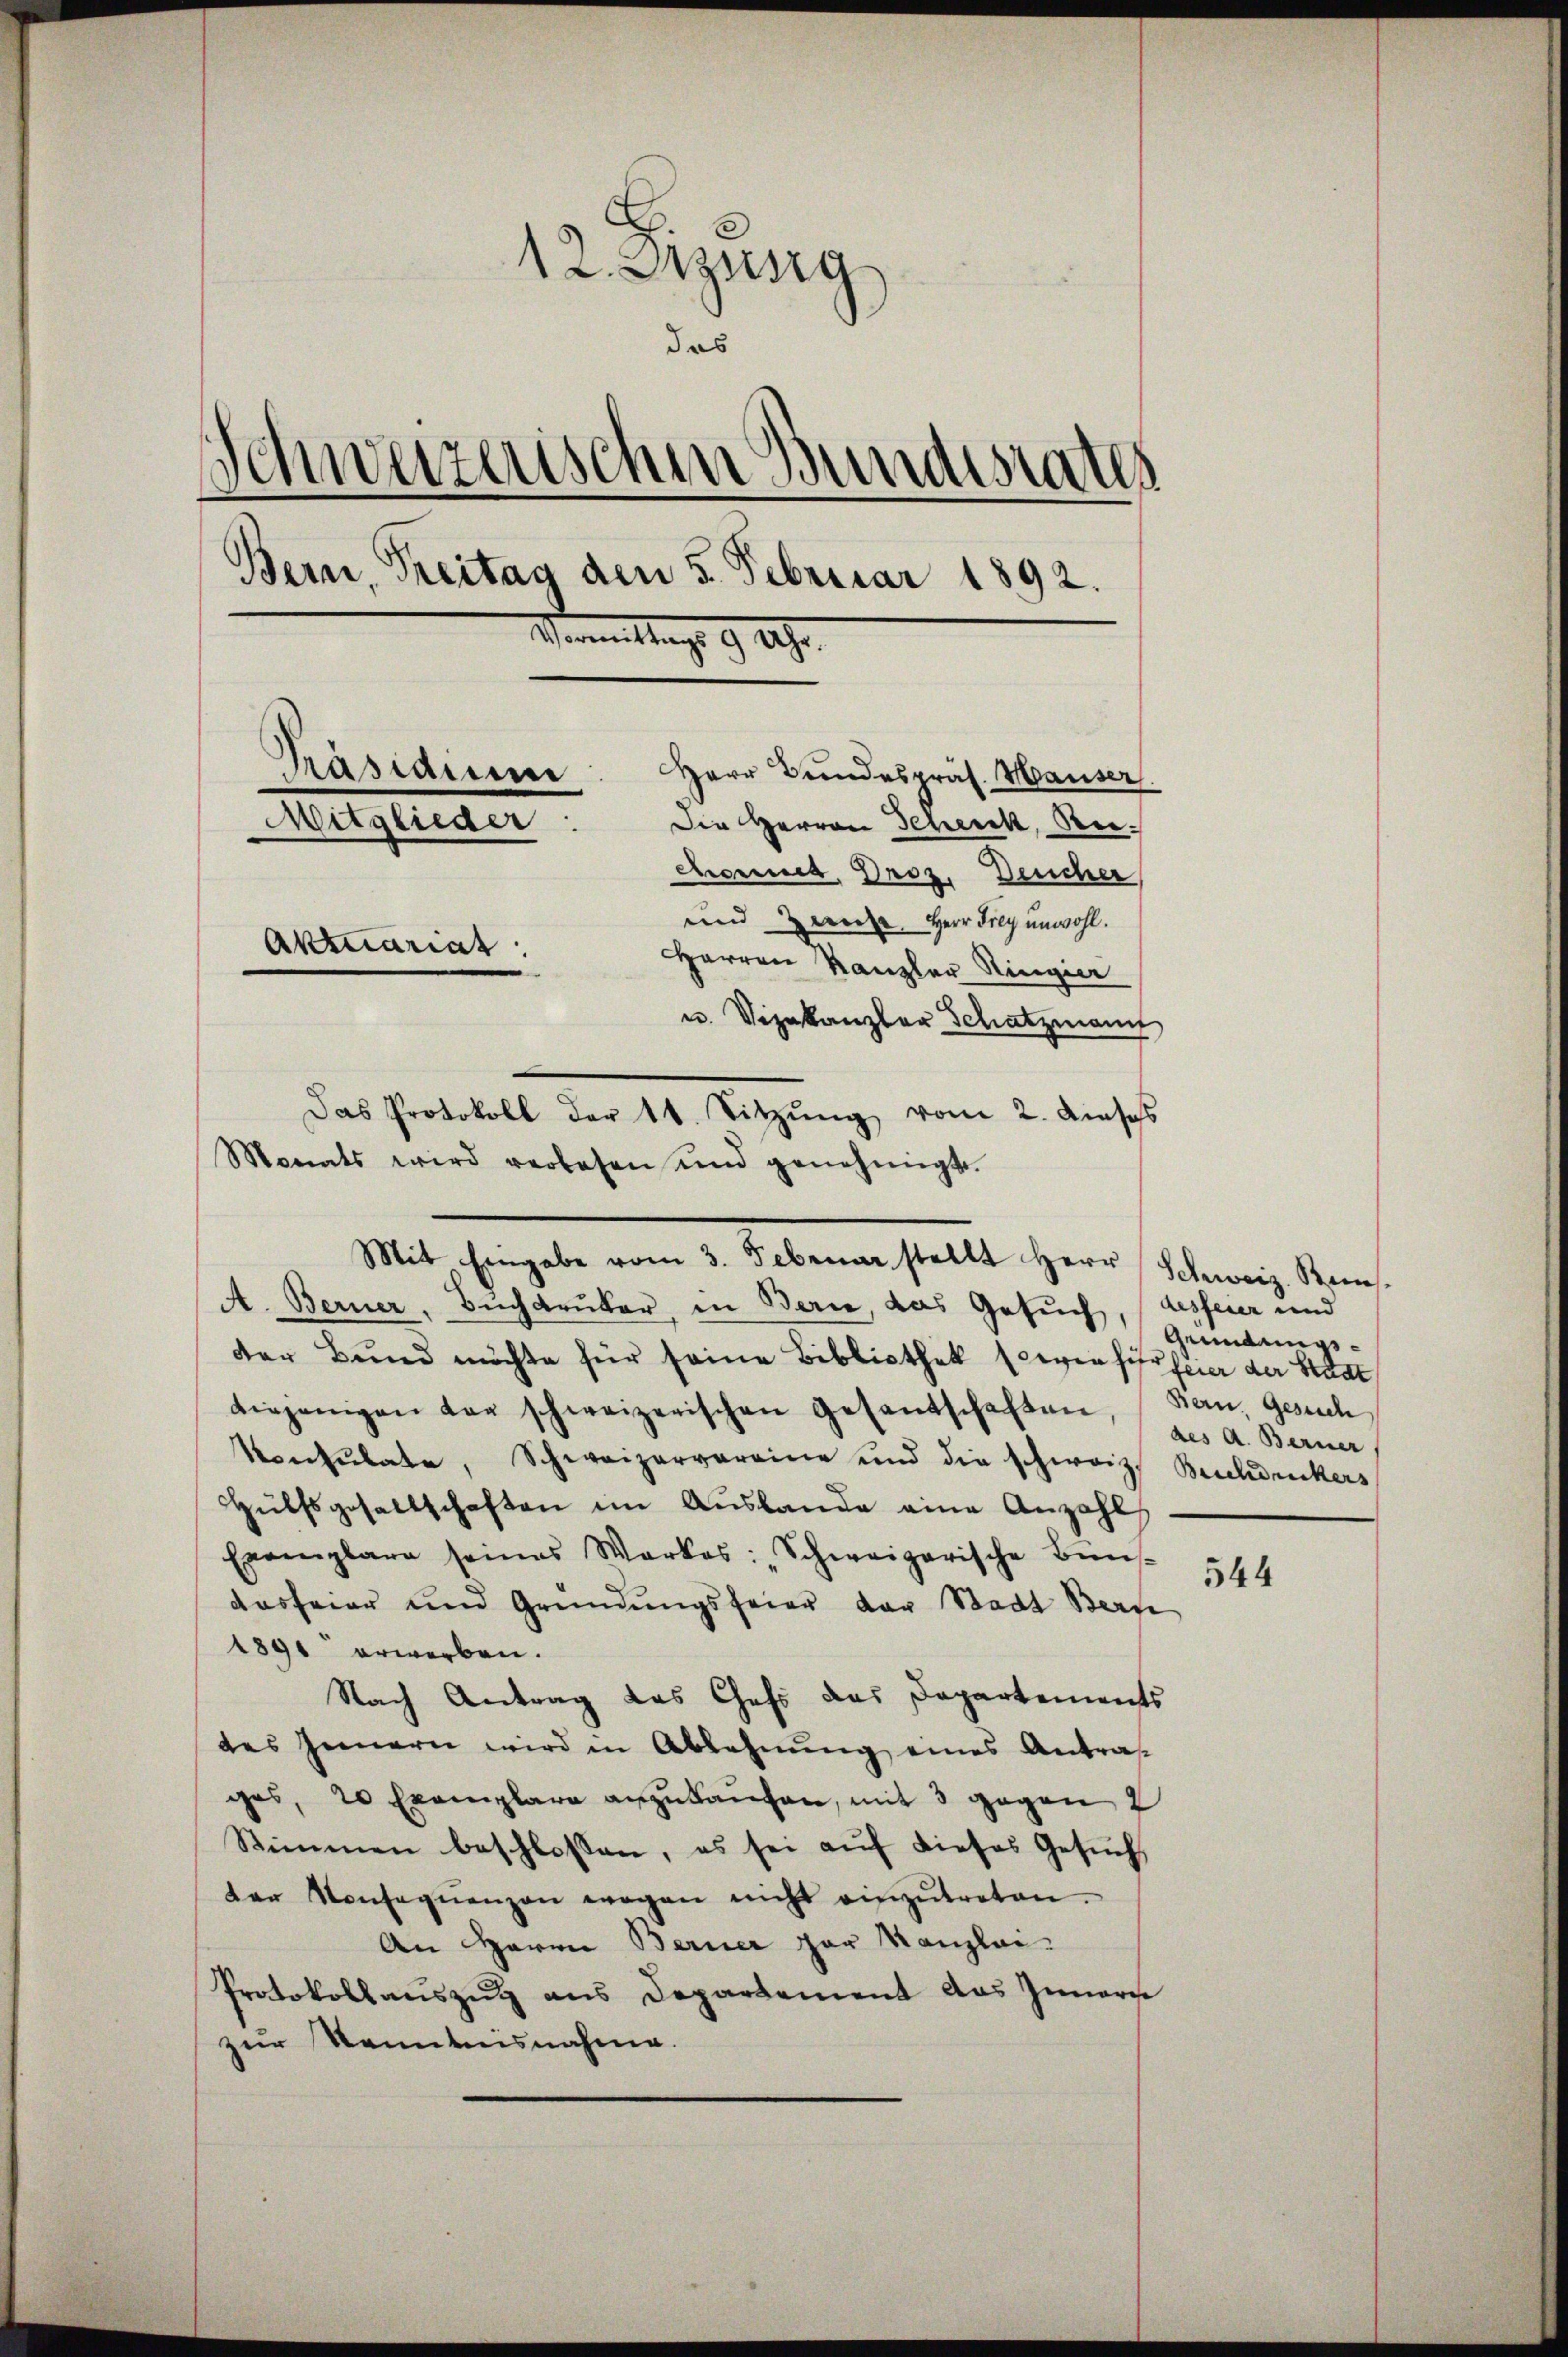
12. Sitzung
das
Schweizerischen Bundesrates
Bern Treitag den 5. Februar 1892.
Vermittag. 9. 19.
Prasiaume
Herr Bundespräs. Hauser.
Mitglieder
Die Herren Geneck, Rechannes, Droz. Deucher
und an Herr Frey unwohl.
Aktuariat
HHerren Kanzler Ringier
u. Vizekanzler Schatzmann

Monats wird verlesen und genehmigt.
Mit Eingabe vom 3. Februar stellt Herr Schweiz. Res.
A. Berner, Buchdruker, in Bern, das Gesuch, (desfeier und
der Bund möchte für seine Bibliothek seien fisfeier der Staat
diejenigen war schweizerischen Gesantschaften, Bern, Gesuch
Konsulate, Schweizervereine und die schweiz. Buchdruckers
Hülfsgesellschaften im Aŭsbande eine Anzahl
Exemplare seines Werkes: „Schweizerische Büns-
dasfeier und Gründungsfeier der Stadt Bern
1891 erworben.
Nach Antrag das Chefs das Departements
des Innern wird in Ablehnung eines Antra
ges, 20 Exemplare anzukaufen, mit 3 gegen
Stimmen beschlossen, es sei auf dieses Gesuch
der Konseqŭenzen wegen nicht einzŭtreten.
An Herrn Berner par Kanzlei
Protokollauszug aus Departement das Innern
zur Kenntensnahme.

Das Protokoll der 14. Sitzŭng vom 2. Auss

Gemdungsdes A. Berner

544